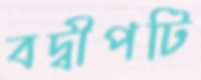
বদ্বীপটি